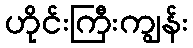
ဟိုင်းကြီးကျွန်း